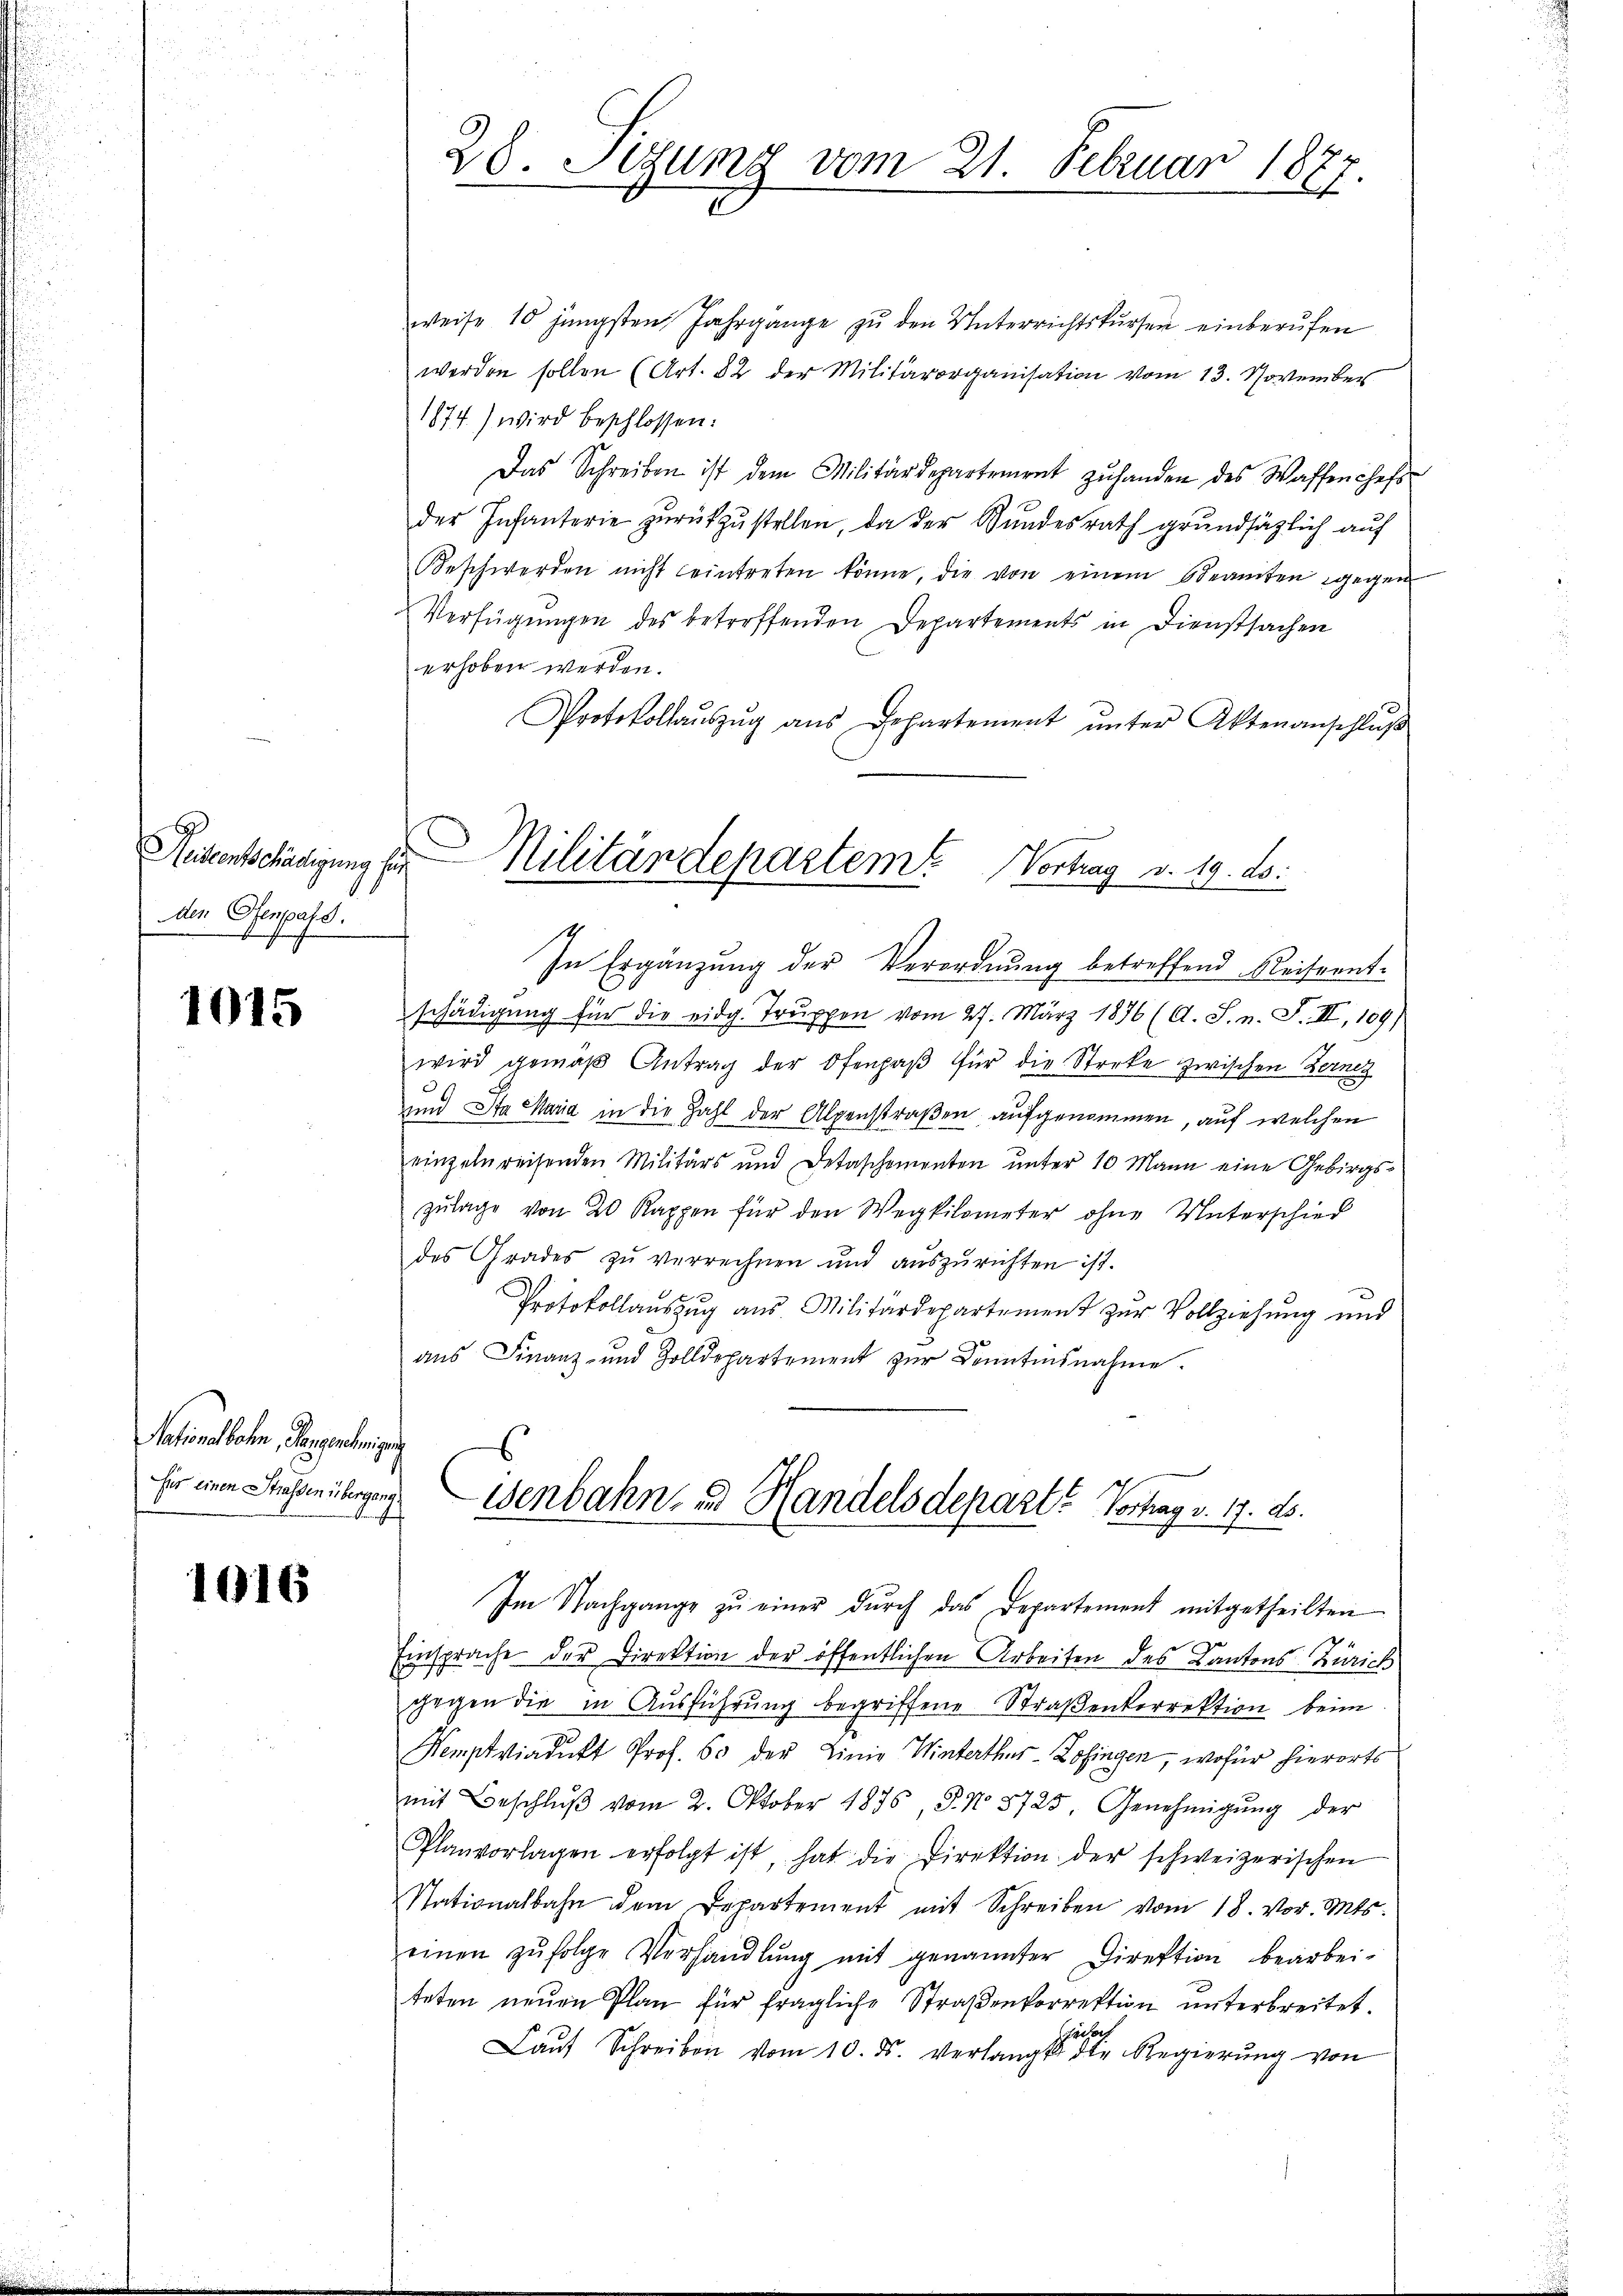
den Ofenpass.

1015

Nationshorn, Serpendigung
fir einen Stuhsen übergang

1616

28. Sezung vom 21. Februar 1877.

weise 10 jüngsten Jahrgänge zŭ den Unterrichtskursen einberufen
werden sollen (Art. 82 der Militärorganisation vom 13. November
1874) wird beschlossen:
Das Schreiben ist dem Militärdepartement zŭ handen des Waffen chefs
der Infanterie zurückzustellen, da der Bundesrath grundsätzlich auf
Beschwerden nicht eintreten könne, die von einem Beamten gegen
Verfügungen des betreffenden Departements in Dienstsachen
erhoben werden.
Protokollaŭszŭg aŭs Departement ŭnter Aktenanschlŭβ
In Ergänzung der Verordnung betreffend Reiseentschädigŭng für die eidg. Trŭppen vom 27. März 1876 (A. S. n. F. II, 109)
wird gemäβ Antrag der Ofenpaβ für die Stecke zwischen Berney
und Sta Maria in die Zahl der Alpenstraßen aufgenommen, auf welchen
einzelnreisenden Militärs und Detaschementen ŭnter 10 Mann eine Gebirgs-
zulage von 20 Kappen für den Wegkilometer ohne Unterschied
des Grades zŭ verrechnen und aŭszŭrichten ist.
Protokollauszug aus Militärdepartement zur Vollziehung und
ans Finanz- und Zolldepartement zur Donntesnahme.
Wenbahn- und Handelsdepart? Vortrag v. 17. ds.
Im Nachgange zŭ einer dŭrch das Departement mitgetheilten
Einsprache der Direktion der öffentlichen Arbeiten des Kantons Zürich
gegen die in Ausführung begriffene Straßenkorrektion beim
Kemptviadukt Prof. 60 der Linie Winterthus-Zofingen, wofür hierorts
mit Beschlŭβ vom 2. Oktober 1876, P. No 8725. Genehmigŭng der
Planvorlagen erfolgt ist, hat die Direktion der schweizerischen
Stationalbahn dem Departement mit Schreiben vom 18. vor. Mts.
einen zŭfolge Verhandlŭng mit genannter Direktion bearbei-
teten neŭen Plan für fragliche Straβenkorrektion unterbreitet.
adorf
Laŭf Schreiben vom 10. ds. verlangt die Regierŭng von

Reiseentschädigung sie Militärdepartem Vortrag v. 19. No.